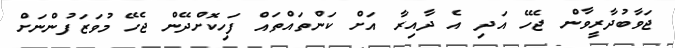
ޖަވާބުދާރީވާން ޖެހޭ އަދި އެ ދާއިރާ އަށް ކަންތައްތައް ފަހިކޮށްދޭން ޖެހޭ މުވަޒަފުންނަށް